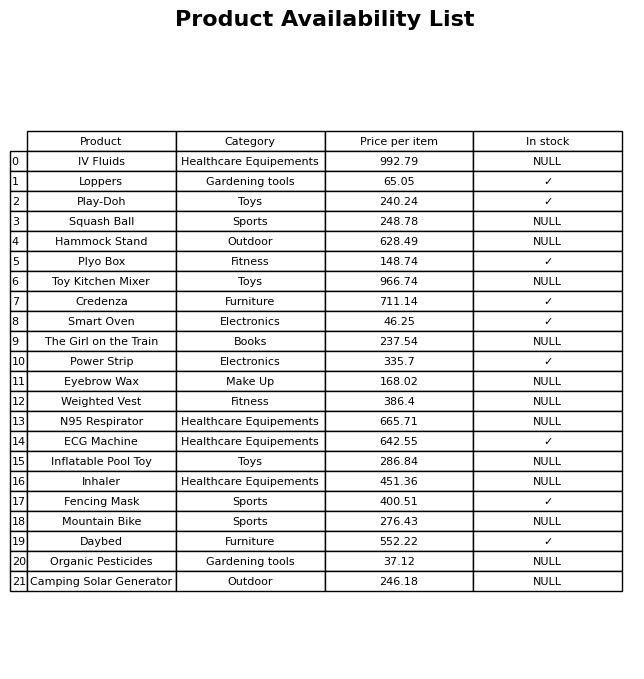
question: What is the price for Power Strip?
answer: The price of Power Strip is 335.7.